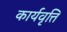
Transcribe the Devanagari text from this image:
कार्यवृत्ति